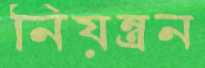
নিয়ন্ত্রন